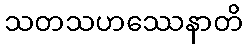
သတသဟဿေနာတိ